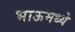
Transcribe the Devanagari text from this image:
भाऊमध्ये